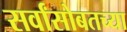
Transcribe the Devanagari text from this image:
सर्वांसोबतच्या